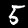
Digit: 5